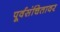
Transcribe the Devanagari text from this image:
पूर्वसंचितावर